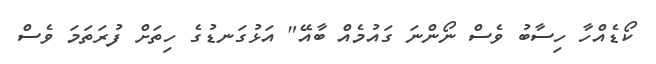
ކޯޑެއްހާ ހިސާބު ވެސް ނޯންނަ ގައުމެއް ބާއޭ" އަޅުގަނޑުގެ ހިތަށް ފުރަތަމަ ވެސް